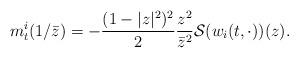
LaTeX: \begin{align*} m^{i}_t(1/\bar{z}) = - \frac{(1-|z|^2)^2}{2} \frac{z^2}{\bar{z}^2} \mathcal{S}(w_i(t,\cdot))(z) . \end{align*}